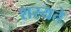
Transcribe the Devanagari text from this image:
शस्यते